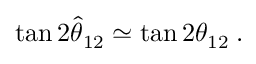
\tan 2 \hat { \theta } _ { 1 2 } \simeq \tan 2 \theta _ { 1 2 } \; .